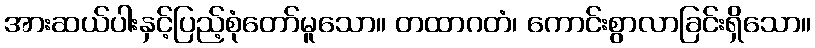
အားဆယ်ပါးနှင့်ပြည့်စုံတော်မူသော။ တထာဂတံ၊ ကောင်းစွာလာခြင်းရှိသော။